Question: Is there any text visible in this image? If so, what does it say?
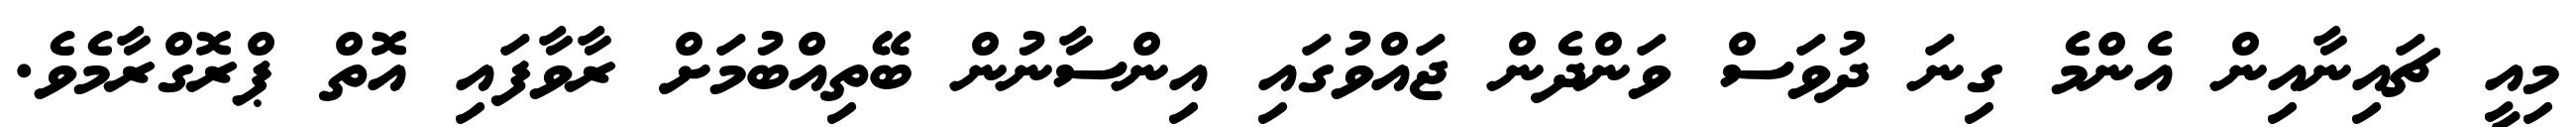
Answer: މިއީ ޗައިނާއިން އެންމެ ގިނަ ދުވަސް ވަންދެން ޖައްވުގައި އިންސާނުން ބޭތިއްބުމަށް ރާވާފައި އޮތް ޕްރޮގްރާމެވެ.